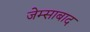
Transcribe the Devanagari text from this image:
जेम्साबाद